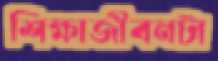
শিক্ষাজীবনটা